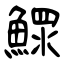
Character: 鰥